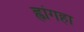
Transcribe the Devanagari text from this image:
ह्वांगहा